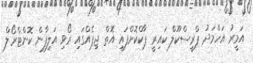
އަމީރު އަހްމަދު ޕްރީސްކޫލް ކައިރީ ޕާކްކޮށްފައި އޮތް ޖިޕެއްގައި ރޯވި އަލިފާން ކޮންޓްރޯލް